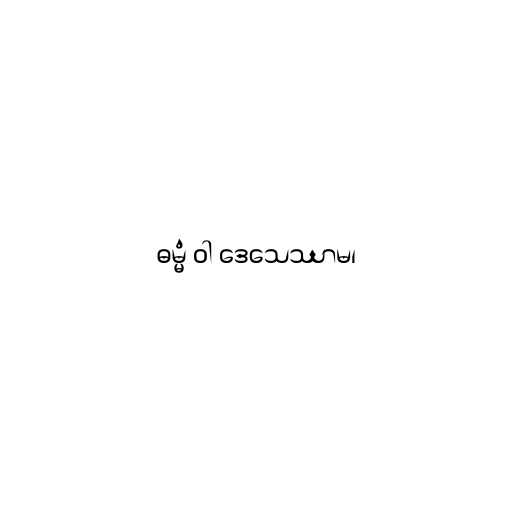
ဓမ္မံ ဝါ ဒေသေဿာမ၊